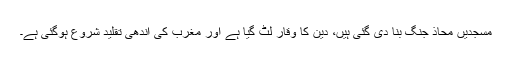
مسجدیں محاذ جنگ بنا دی گئی ہیں، دین کا وقار لٹ گیا ہے اور مغرب کی اندھی تقلید شروع ہوگئی ہے۔